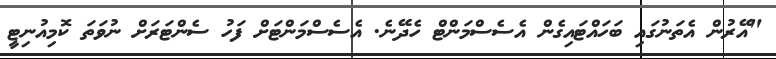
"އޭރުން އެތަނުގައި ބަހައްޓައިގެން އެސެސްމަންޓް ހެދޭނެ. އެސެސްމަންޓަށް ފަހު ސެންޓަރަށް ނުވަތަ ކޮމިއުނިޓީ